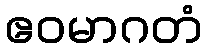
ဧဝမာဂတံ